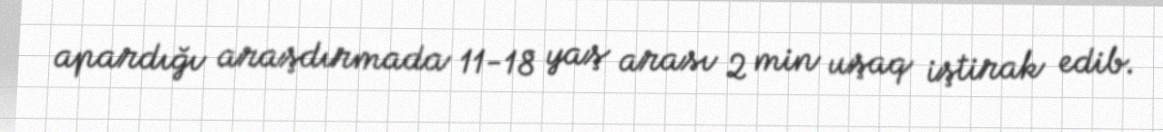
apardığı araşdırmada 11-18 yaş arası 2 min uşaq iştirak edib.